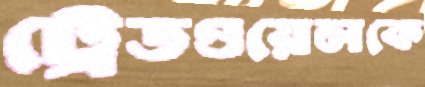
ট্রেডওয়েলকে